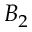
B _ { 2 }